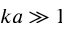
k a \gg 1